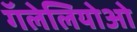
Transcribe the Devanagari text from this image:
गॅलेलियोओ